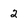
Character: 2